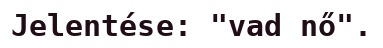
Jelentése: "vad nő".